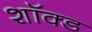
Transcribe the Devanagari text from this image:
शॉक्ड